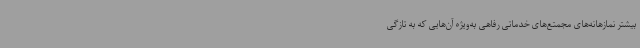
بیشتر نمازهانه‌های مجمتع‌های خدماتی رفاهی به‌ویژه آن‌هایی که به تازگی